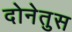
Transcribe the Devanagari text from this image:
दोनेतुस